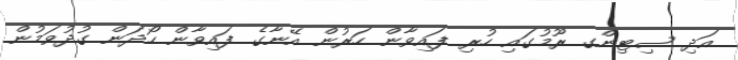
އަދި ސިޓިންގ ރޫމުގައި ހުރި ފައިވާން ހަރުން އޭނާގެ ފައިވާން ހޯދަން ގުދުވަމުން